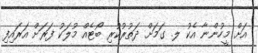
އަށް މީހުންނާ އެކު ލ. ގަމަށް ދަތުރުކުރި ބޯޓެއް މުލަކު ފަރަށް އަރައިފި